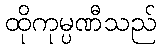
ထိုကုမ္ပဏီသည်